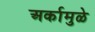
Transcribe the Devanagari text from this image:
अर्कामुळे